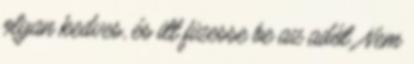
olyan kedves, és itt fizesse be az adót. Nem